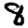
Digit: 8